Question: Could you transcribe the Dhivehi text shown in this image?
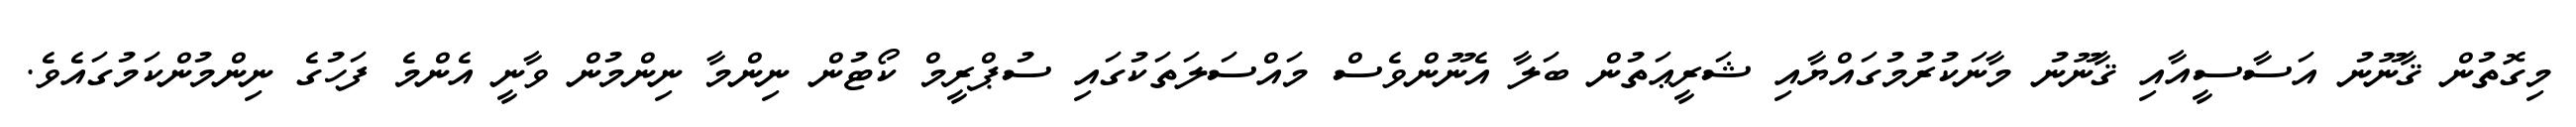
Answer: މިގޮތުން ޤާނޫނު އަސާސީއާއި ޤާނޫނު މާނަކުރުމުގައްޔާއި ޝަރީޢަތުން ބަލާ އެނޫންވެސް މައްސަލަތަކުގައި ސުޕްރީމް ކޯޓުން ނިންމާ ނިންމުން ވާނީ އެންމެ ފަހުގެ ނިންމުންކަމުގައެވެ.